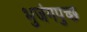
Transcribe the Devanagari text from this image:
भुजंगपुच्छ